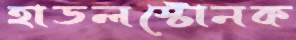
হাডলস্টোনক